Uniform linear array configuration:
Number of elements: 16
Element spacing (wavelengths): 0.25
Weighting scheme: hann
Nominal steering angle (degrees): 60
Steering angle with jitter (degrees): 61.094
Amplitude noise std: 0.05
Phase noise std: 0.05

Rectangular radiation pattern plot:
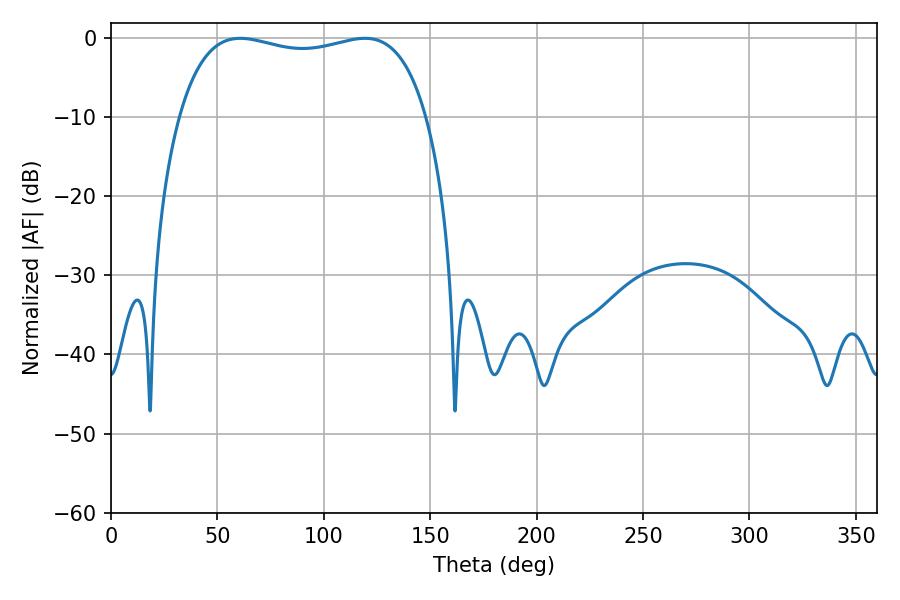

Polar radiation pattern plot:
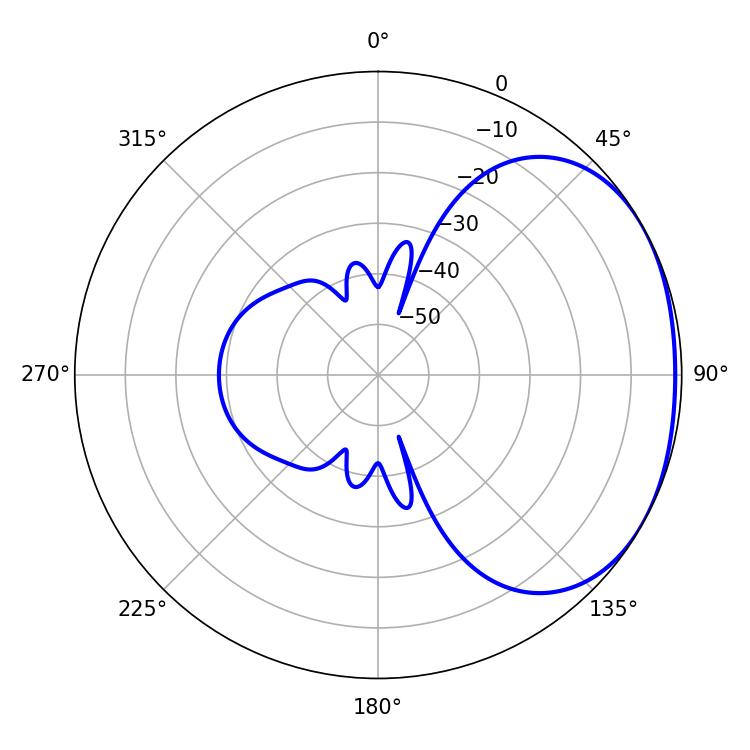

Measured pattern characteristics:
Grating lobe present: FALSE
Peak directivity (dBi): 1.806
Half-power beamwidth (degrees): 94.32
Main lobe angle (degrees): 60.66